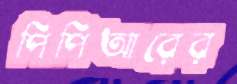
পিপিআরের